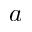
a